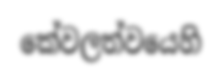
කේවලත්වයෙහි